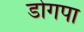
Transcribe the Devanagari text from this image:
डोगपा